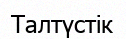
Талтүстік